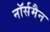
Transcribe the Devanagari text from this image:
नॉर्समैन